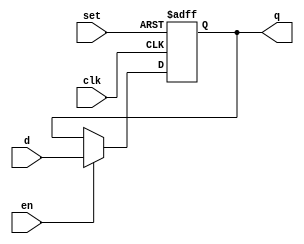
`timescale 1ns/1ns
module flopens #(parameter WIDTH = 8)
   (input                  clk, set,
    input 		   en,
    input [WIDTH-1:0] 	   d, 
    output reg [WIDTH-1:0] q);
   
   always @(posedge clk, posedge set)
     if      (set) q <= 1;
     else if (en)  q <= d;

endmodule // flopens